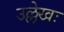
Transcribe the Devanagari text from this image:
उल्लेखः